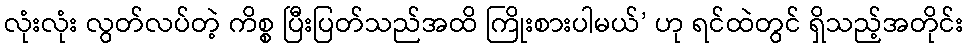
လုံးလုံး လွတ်လပ်တဲ့ ကိစ္စ ပြီးပြတ်သည်အထိ ကြိုးစားပါမယ်’ ဟု ရင်ထဲတွင် ရှိသည့်အတိုင်း